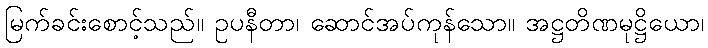
မြက်ခင်းစောင့်သည်။ ဥပနီတာ၊ ဆောင်အပ်ကုန်သော။ အဋ္ဌတိဏမုဋ္ဌိယော၊